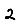
Digit: 2